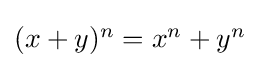
{\textstyle (x+y)^{n}=x^{n}+y^{n}}